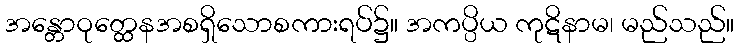
အန္တောဝုတ္ထေနအစရှိသောစကားရပ်၌။ အကပ္ပိယ ကုဋိနာမ၊ မည်သည်။